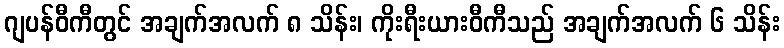
ဂျပန်ဝီကီတွင် အချက်အလက် ၈ သိန်း၊ ကိုးရီးယားဝီကီသည် အချက်အလက် ၆ သိန်း